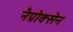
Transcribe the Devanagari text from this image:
नैप्रोक्सेन